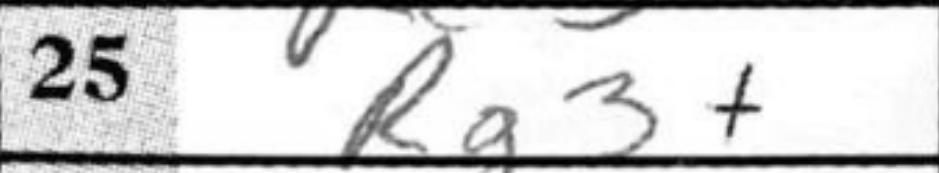
Transcription: Rg3+